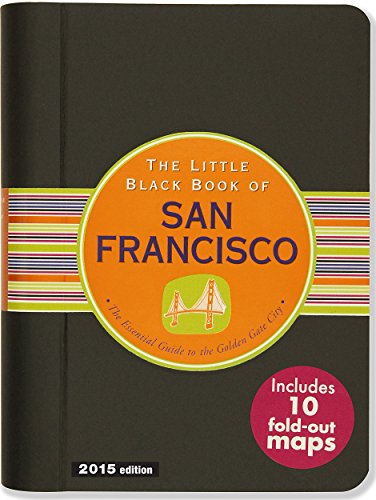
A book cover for Little Black Book of San Francisco, 2015 Edition; Marlene Goldman; Travel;